Annual report on the Civil Veterinary Department, Burma (including the Insein Veterinary School) - 1910-1922
Year: 1910
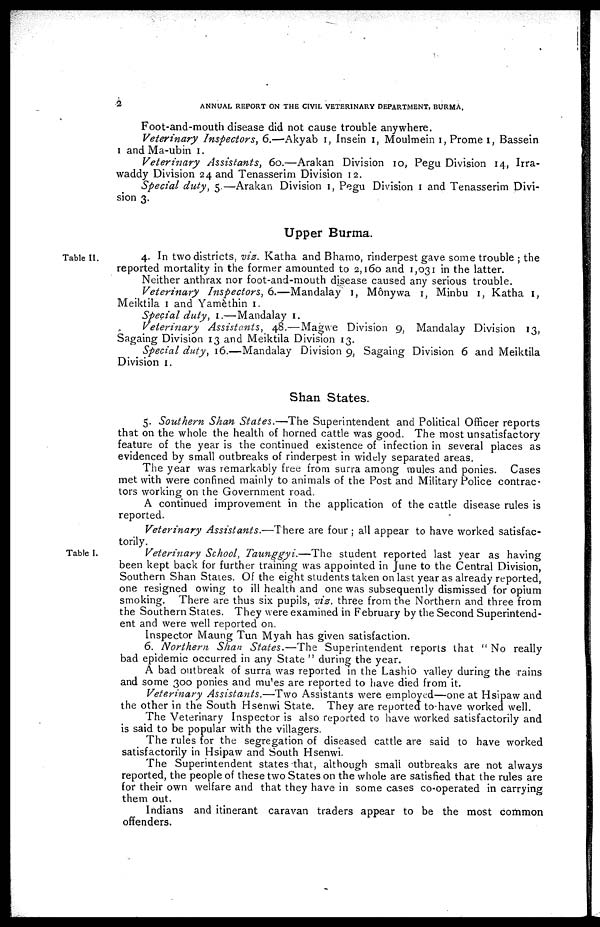
2
ANNUAL REPORT ON THE CIVIL VETERINARY DEPARTMENT, BURMA,
Foot-and-mouth disease did not cause trouble anywhere.
Veterinary Inspectors, 6.—Akyab 1, Insein 1, Moulmein 1, Prome 1, Bassein
1 and Ma-ubin 1.
Veterinary
Assistants, 60.—Arakan Division 10, Pegu Division 14, Irra-
waddy Division 24 and Tenasserim Division 12.
Special duty, 5—Arakan Division 1, Pegu Division 1 and Tenasserim Divi-
sion 3.
Upper Burma.
Table II.
4. In two districts, viz. Katha and Bharno, rinderpest gave some trouble ; the
reported mortality in the former amounted to 2,160 and 1,031 in the latter.
Neither anthrax nor foot-and-mouth disease caused any serious trouble.
Veterinary
Inspectors, 6.—Mandalay 1, Mônywa 1, Minbu 1, Katha 1,
Meiktila 1 and Yamèthin 1.
Special duty, 1.—Mandalay 1.
Veterinary
Assistants,
48.—Magwe Division 9, Mandalay Division 13,
Sagaing Division 13 and Meiktila Division 13.
Special duty, 16.—Mandalay Division 9, Sagaing Division 6 and Meiktila
Division 1.
Shan States.
5. Southern Shan States.—The
Superintendent and Political Officer reports
that on the whole the health of horned cattle was good. The most unsatisfactory
feature of the year is the continued existence of infection in several places as
evidenced by small outbreaks of rinderpest in widely separated areas.
The year was remarkably free from surra among mules and ponies. Cases
met with were confined mainly to animals of the Post and Military Police contrac-
tors working on the Government road.
A continued improvement in the application of the cattle disease rules is
reported.
Veterinary Assistants.—There
are four ; all appear to have worked satisfac-
torily.
Table I.
Veterinary School, Taunggyi.—The
student reported last year as having
been kept back for further training was appointed in June to the Central Division,
Southern Shan States. Of the eight students taken on last year as already reported,
one resigned owing to ill health and one was subsequently dismissed for opium
smoking. There are thus six pupils, viz. three from the Northern and three from
the Southern States. They were examined in February by the Second Superintend-
ent and were well reported on.
Inspector Maung Tun Myah has given satisfaction.
6. Northern Shan States.—The
Superintendent reports that " No really
bad epidemic occurred in any State " during the year.
A bad outbreak of surra was reported in the Lashio valley during the rains
and some 300 ponies and mules are reported to have died from it.
Veterinary Assistants.—Two
Assistants were employed—one at Hsipaw and
the other in the South Hsenwi State. They are reported to-have worked well.
The Veterinary Inspector is also reported to have worked satisfactorily and
is said to be popular with the villagers.
The rules for the segregation of diseased cattle are said to have worked
satisfactorily in Hsipaw and South Hsenwi.
The Superintendent states that, although small outbreaks are not always
reported, the people of these two States on the whole are satisfied that the rules are
for their own welfare and that they have in some cases co-operated in carrying
them out.
Indians and itinerant caravan traders appear to be the most common
offenders.